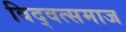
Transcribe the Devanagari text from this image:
विद्‍वत्समाज